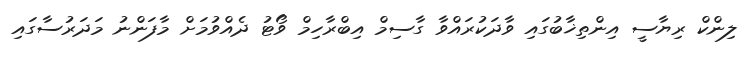
ލިންކް ރިޔާސީ އިންތިޚާބުގައި ވާދަކުރައްވާ ގާސިމް އިބްރާހިމް ވޯޓު ދެއްވުމަށް މާފަންނު މަދަރުސާގައި